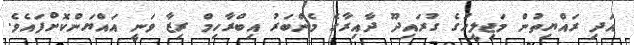
އަދި ރައްޔިތުން މަޖިލީހުގެ ގުރައިދޫ ދާއިރާގެ މެންބަރު އިބްރާހިމް ރިޒާ ވަނީ އައްޔަންކޮށްފައެވެ.